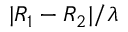
| R _ { 1 } - R _ { 2 } | / \lambda